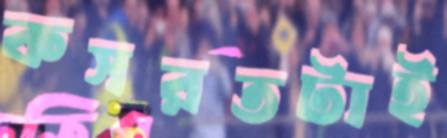
কসরতটাই